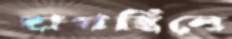
দাগছিলে